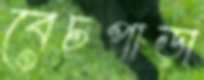
বেচপাড়া